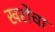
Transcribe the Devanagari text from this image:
खरोंचा